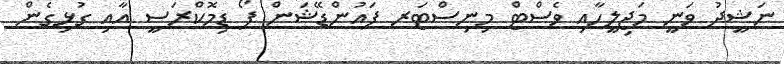
ނަޝީދު ވަނީ މަޖިލީހާއި ވެސްޓް މިނިސްޓަރ ފައުންޑޭޝަން ފޯ ޑިމޮކްރަސީ އާއި ގުޅިގެން